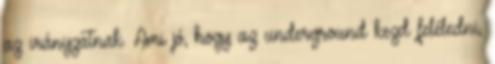
az irányzatnak. Ami jó, hogy az underground kezd feléledni,